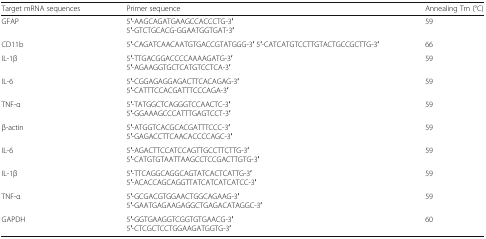
| Target mRNA sequences | Primer sequence | Annealing Tm (°C) |
 | --- | --- | --- |
 | GFAP | 5′-AAGCAGATGAAGCCACCCTG-3′5′-GTCTGCACG-GGAATGGTGAT-3′ | 59 |
 | CD11b | 5′-CAGATCAACAATGTGACCGTATGGG-3′ 5′-CATCATGTCCTTGTACTGCCGCTTG-3′ | 66 |
 | IL-1β | 5′-TTGACGGACCCCAAAAGATG-3′5′-AGAAGGTGCTCATGTCCTCA-3′ | 59 |
 | IL-6 | 5′-CGGAGAGGAGACTTCACAGAG-3′5′-CATTTCCACGATTTCCCAGA-3′ | 59 |
 | TNF-α | 5′-TATGGCTCAGGGTCCAACTC-3′5′-GGAAAGCCCATTTGAGTCCT-3′ | 59 |
 | β-actin | 5′-ATGGTCACGCACGATTTCCC-3′5′-GAGACCTTCAACACCCCAGC-3′ | 59 |
 | IL-6 | 5′-AGACTTCCATCCAGTTGCCTTCTTG-3′5′-CATGTGTAATTAAGCCTCCGACTTGTG-3′ | 59 |
 | IL-1β | 5′-TTCAGGCAGGCAGTATCACTCATTG-3′5′-ACACCAGCAGGTTATCATCATCATCC-3′ | 59 |
 | TNF-α | 5′-GCGACGTGGAACTGGCAGAAG-3′5′-GAATGAGAAGAGGCTGAGACATAGGC-3′ | 59 |
 | GAPDH | 5′-GGTGAAGGTCGGTGTGAACG-3′5′-CTCGCTCCTGGAAGATGGTG-3′ | 60 |